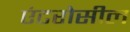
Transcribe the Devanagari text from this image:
एंटरोसील